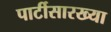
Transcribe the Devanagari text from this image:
पार्टीसारख्या